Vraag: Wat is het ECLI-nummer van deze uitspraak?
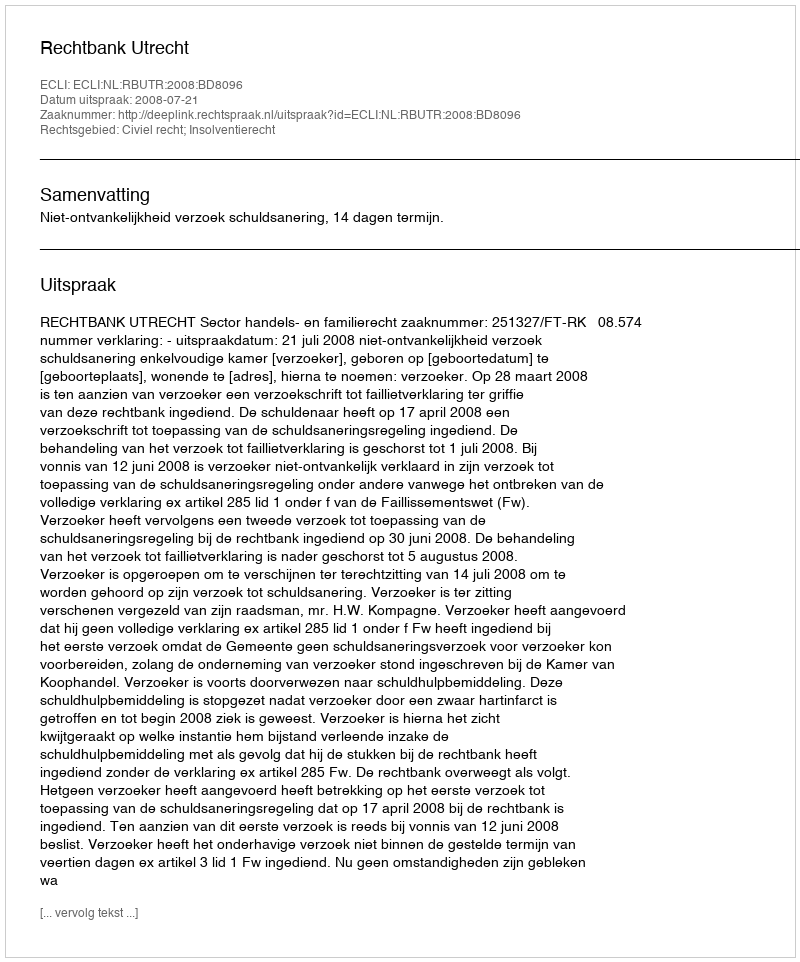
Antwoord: ECLI:NL:RBUTR:2008:BD8096